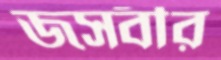
জসবীর